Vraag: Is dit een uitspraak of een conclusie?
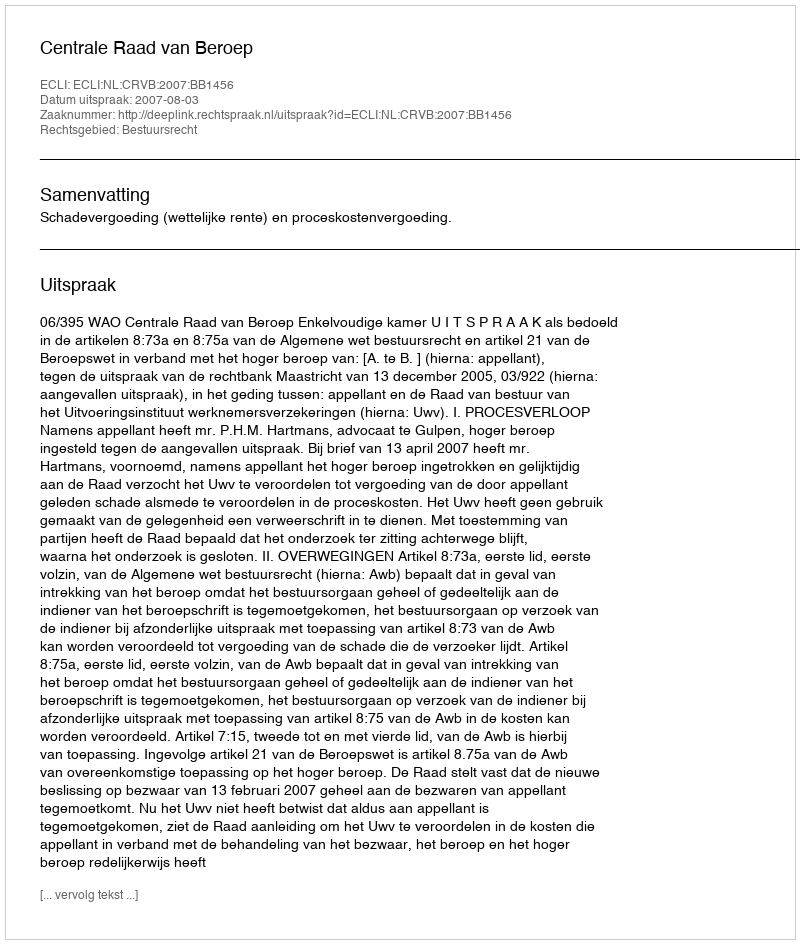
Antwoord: Uitspraak